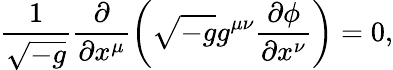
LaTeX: \frac{1}{\sqrt{-g}}\frac{\partial}{\partial x^{\mu}}\left(\sqrt{-g}g^{\mu\nu}\frac{\partial\phi}{\partial x^{\nu}}\right)=0,